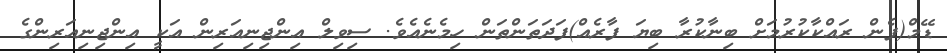
ޑޭމް(ފެން ރައްކާކުރުމަށް ބިނާކުރާ ބިޔަ ފާރެއް)ފަދަތަންތަން ހިމެނެއެވެ. ސިވިލް އިންޖިނިއަރިން އަކީ އިންޖިނިއަރިންގެ